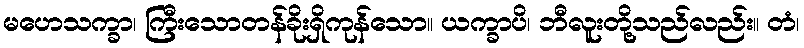
မဟေသက္ခာ၊ ကြီးသောတန်ခိုးရှိကုန်သော။ ယက္ခာပိ၊ ဘီလူးတို့သည်လည်း။ တံ၊